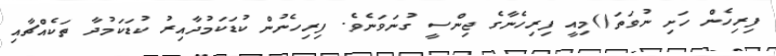
ފިރިހެން ހަށި ނުވަތަ()މިއީ ފިރިހެނާގެ ޖިންސީ ގުނަވަނެވެ. ފިރިހެނުން ކުޑަކަމުދާއިރު ކުޑަކަމުދާ ތަކެއްޗާއި